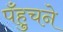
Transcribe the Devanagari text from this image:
पँहुचने